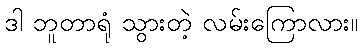
ဒါ ဘူတာရုံ သွားတဲ့ လမ်းကြောလား။